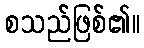
စသည်ဖြစ်၏။